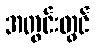
အတွင်းတွင်